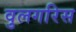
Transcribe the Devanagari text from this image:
वुलगरिस